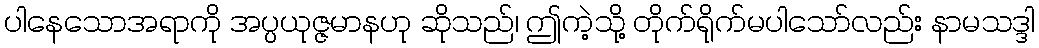
ပါနေသောအရာကို အပ္ပယုဇ္ဇမာနဟု ဆိုသည်၊ ဤကဲ့သို့ တိုက်ရိုက်မပါသော်လည်း နာမသဒ္ဒါ